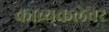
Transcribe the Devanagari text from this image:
काव्यकलेवर